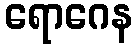
ရောဂေန